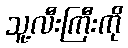
သူ့လီးကြီးကို